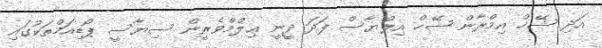
އަދި ޝޭޚް އިމްރާން ޝޭޚް އިލްޔާސް ފަދަ ދީނީ ޢިލްމްވެރީން ސިޔާސީ ޕޯޑިއަމްތަކުގައި